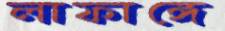
লাফাঙ্গে